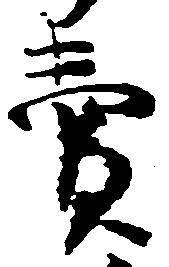
売